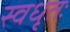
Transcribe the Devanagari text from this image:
स्वधृतः